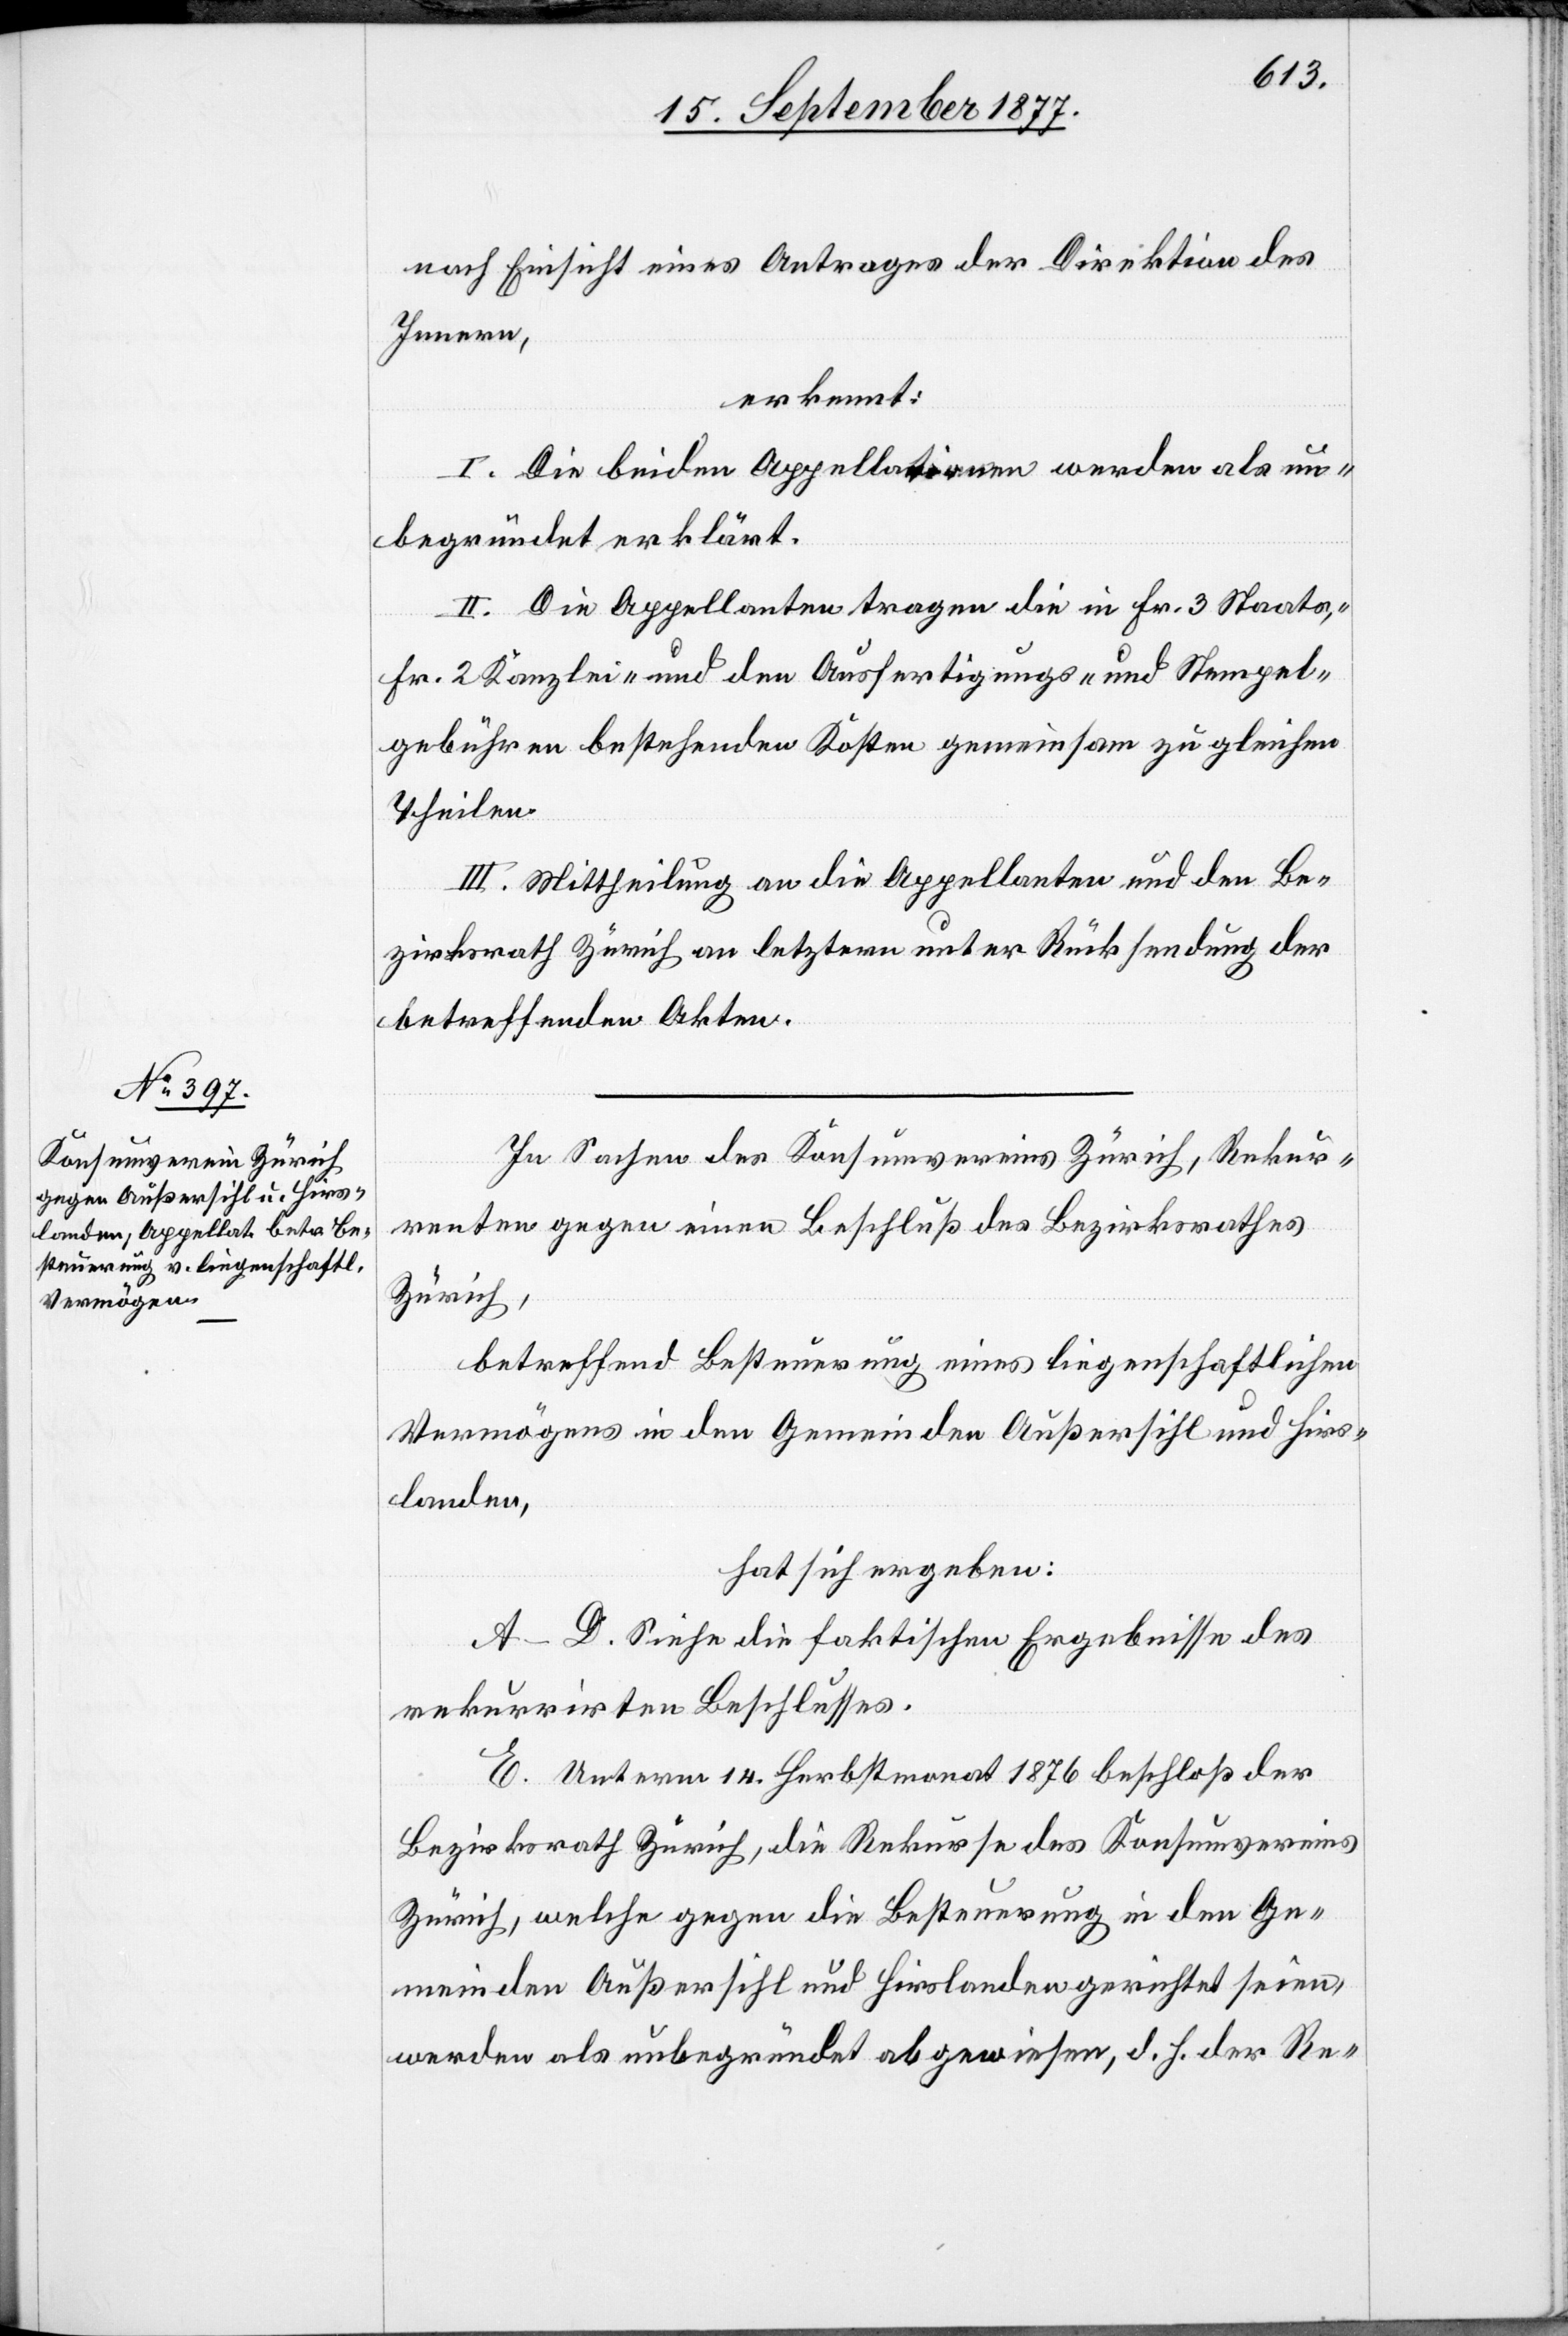
nach Einsicht eines Antrages der Direktion des
Innern,
erkennt:
I. Die beiden Appellationen werden als un¬
begründet erklärt.
II. Die Appellanten tragen die in Fr. 3 Staats-,
Fr. 2 Kanzlei- und den Ausfertigungs- und Stempel¬
gebühren bestehenden Kosten gemeinsam zu gleichen
Theilen.
III. Mittheilung an die Appellanten und den Be¬
zirksrath Zürich an letztern unter Rücksendung der
betreffenden Akten.
In Sachen des Konsumvereins Zürich, Rekur¬
renten gegen einen Beschluß des Bezirksrathes
Zürich,
betreffend Besteuerung eines liegenschaftlichen
Vermögens in den Gemeinden Außersihl und Hirs¬
landen,
hat sich ergeben:
A–D. Siehe die faktischen Ergebnisse des
rekurrirten Beschlusses.
E. Unterm 14. Herbstmonat 1876 beschloß der
Bezirksrath Zürich, die Rekurse des Konsumvereins
Zürich, welche gegen die Besteuerung in den Ge¬
meinden Außersihl und Hirslanden gerichtet seien,
werden als unbegründet abgewiesen, d. h. der Re-